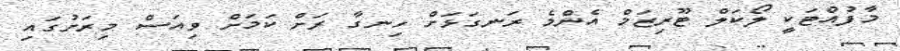
މާފުއްޓަކީ ލޯކަލް ޓޫރިޒަމް އެންމެ ރަނގަޅަށް ހިނގާ ރަށް ކަމަށް ވިއަސް މިރަށުގައި